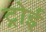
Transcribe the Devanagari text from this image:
ट्रोई